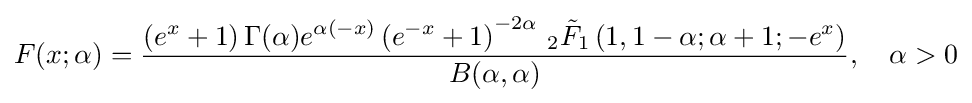
F(x;\alpha )={\frac {\left(e^{x}+1\right)\Gamma (\alpha )e^{\alpha (-x)}\left(e^{-x}+1\right)^{-2\alpha }\,_{2}{\tilde {F}}_{1}\left(1,1-\alpha ;\alpha +1;-e^{x}\right)}{B(\alpha ,\alpha )}},\quad \alpha >0